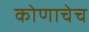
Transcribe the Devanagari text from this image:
कोणाचेच